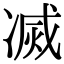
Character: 㓕